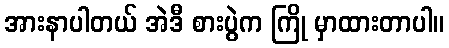
အားနာပါတယ် အဲဒီ စားပွဲက ကြို မှာထားတာပါ။